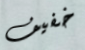
خفيف